Scottish Leaving Certificate Examination, 1956
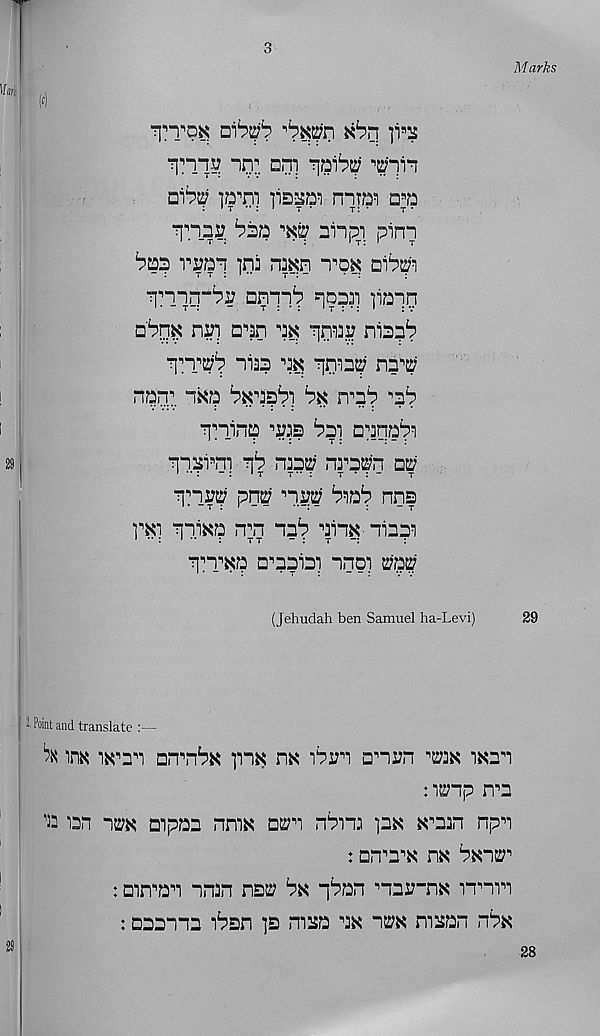
3
M arks
( £ )
,£ ?^'n xbn ]v%
10?. nni
]irni
nnra^
^ W nnp;. pinn
^ap Trap ini imn
aippi
TPpnr^ Qpil 1 ? P9pP ]iaip
nbm nip □’’an ^ pnaap niap^
pnppp "lia?
pniap n? 1 ?
npp: nx? ^ktd^i bx mb ^?p
pn_in? ^3? Ppi □Tqa i ?i
Pl?Tn] pb na?p nratf'n np
qnrtf pna nra
nns
rai qi.i^p n;n n?^ pin^ liaai
pnpx? Q^aiai nnpi app
(Jehudah ben Samuel ha-Levi)
!■ Point and translate :—
^ )m i^pt nn^N p?K nx iPn □ ,, arn w ixan
n^np n^n
^ i3n n^K Dipaa nmx d^t nPn:
K^nan npT
: arrrrN nx
: □in ,, aT nnan ns^
p^an ■ , nar-ns rnTi
: Qaann? ibsn )s masa ax “12;n masan hPk
29
28